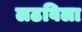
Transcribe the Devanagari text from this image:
लढविला